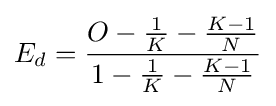
E_{d}={\frac {O-{\frac {1}{K}}-{\frac {K-1}{N}}}{1-{\frac {1}{K}}-{\frac {K-1}{N}}}}